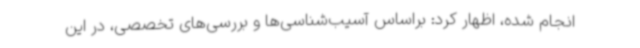
انجام شده، اظهار کرد: براساس آسیب‌شناسی‌ها و بررسی‌های تخصصی، در این